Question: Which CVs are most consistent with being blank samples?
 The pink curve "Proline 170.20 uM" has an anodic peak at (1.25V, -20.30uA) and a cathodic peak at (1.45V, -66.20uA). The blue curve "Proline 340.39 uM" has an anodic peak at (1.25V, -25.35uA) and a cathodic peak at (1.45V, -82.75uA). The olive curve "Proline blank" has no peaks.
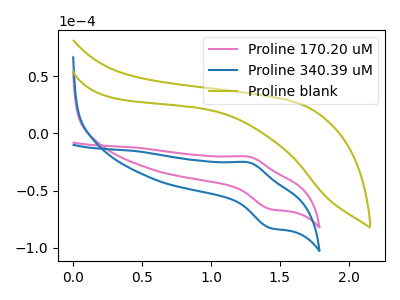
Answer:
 <answer>"Proline blank" is likely to be a blank.</answer>
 <eval>Proline blank</eval>